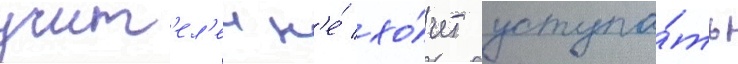
учит'ел'еи н'е́ хо́чет уступа́ть